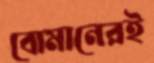
বোমানেরই